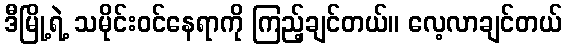
ဒီမြို့ရဲ့ သမိုင်းဝင်နေရာကို ကြည့်ချင်တယ်။ လေ့လာချင်တယ်